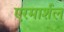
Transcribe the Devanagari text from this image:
एरमार्शल